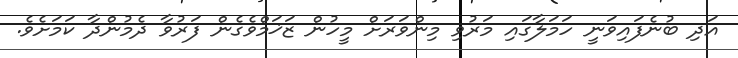
އަދި ބުނެފައިވަނީ ހަމަލާގައި މަރުވި މިންވަރަށް މީހުން ޒަޚަމްވެގެން ފަރުވާ ދެމުންދާ ކަމަށެވެ.